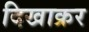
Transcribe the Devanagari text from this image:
दिखाक्रर